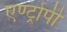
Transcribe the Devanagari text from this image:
एण्ट्रोपी